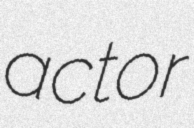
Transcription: actor